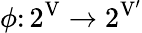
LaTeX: \phi\colon 2^{\mathrm{V}}\rightarrow 2^{\mathrm{V}^{\prime}}